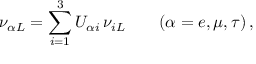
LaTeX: \nu _ { { \alpha } L } = \sum _ { i = 1 } ^ { 3 } U _ { { \alpha } i } \, \nu _ { i L } \qquad ( \alpha = e , \mu , \tau ) \, ,